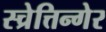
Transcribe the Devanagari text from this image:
स्च्रेत्तिन्गेर